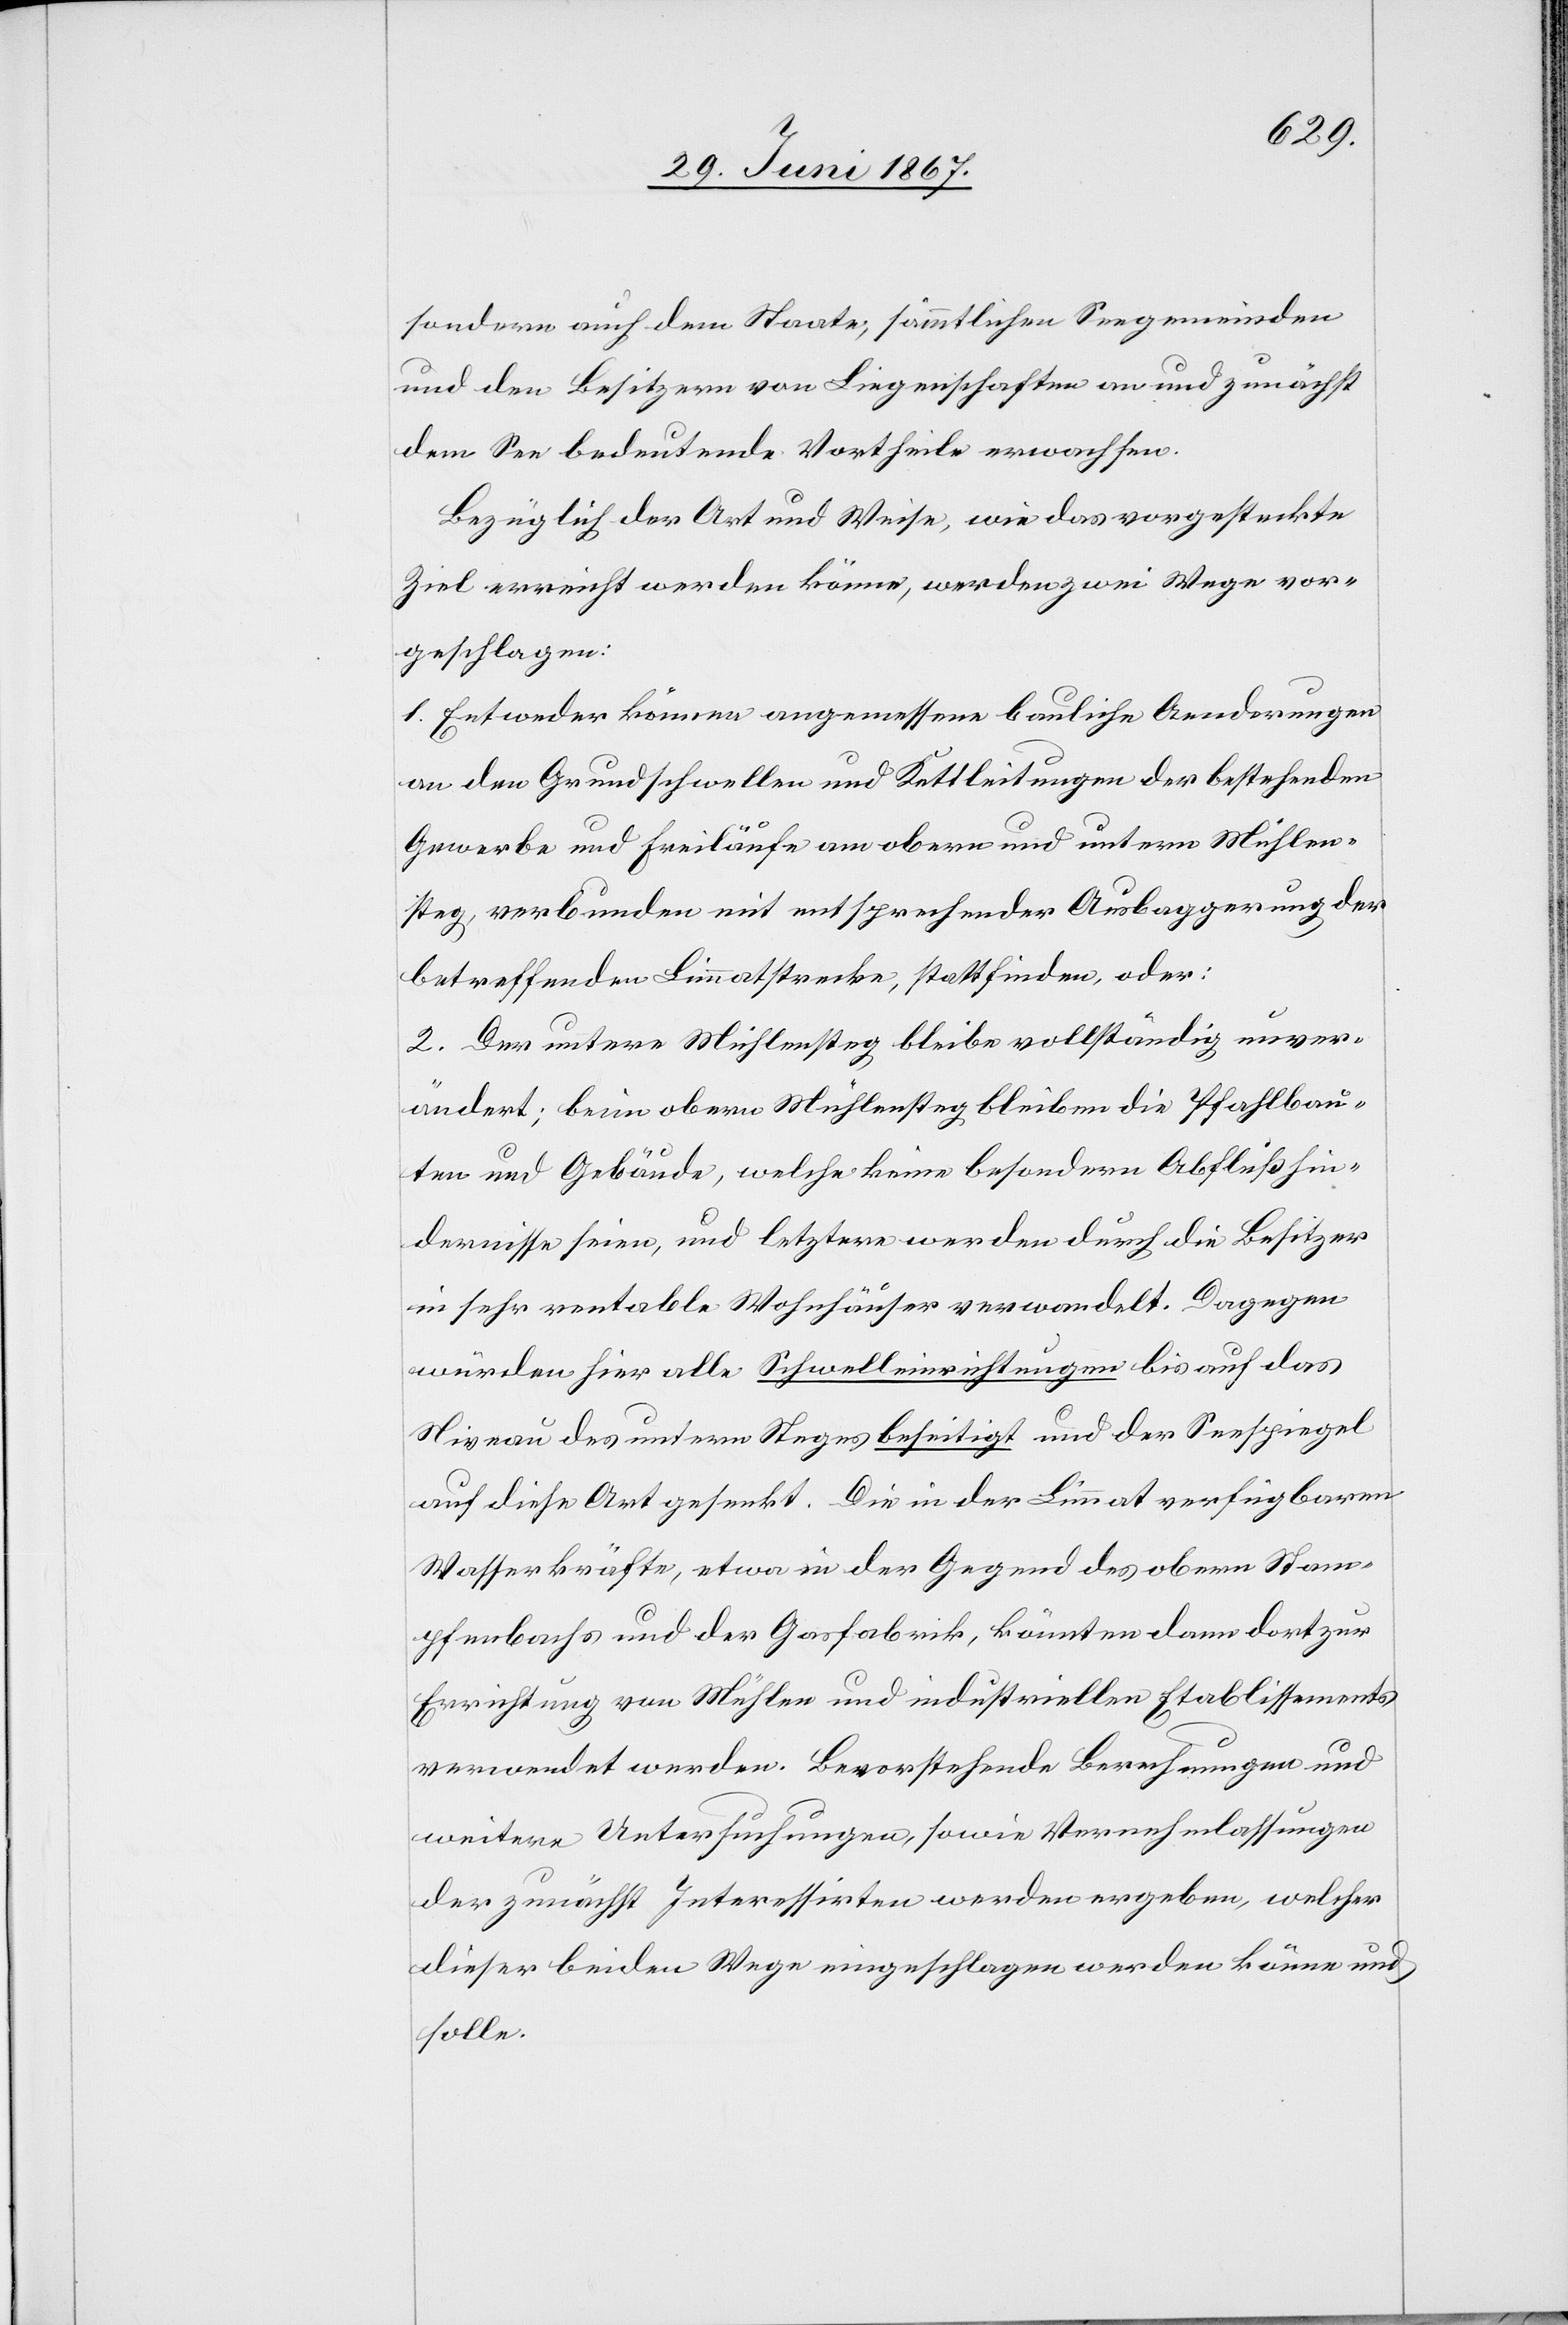
sondern auch dem Staate, sämmtlichen Seegemeinden
und den Besitzern von Liegenschaften an und zunächst
dem See bedeutende Vortheile erwachsen.
Bezüglich der Art und Weise, wie das vorgesteckte
Ziel erreicht werden könne, werden zwei Wege vor¬
geschlagen:
1. Entweder können angemessene bauliche Aenderungen
an den Grundschwellen und Kettleitungen der bestehenden
Gewerbe und Freiläufe am obern und untern Mühlen¬
steg, verbunden mit entsprechender Ausbaggerung der
betreffenden Limmatstrecke, stattfinden, oder:
2. Der untere Mühlensteg bleibe vollständig unver¬
ändert; beim obern Mühlesteg bleiben die Pfahlbau¬
ten und Gebäude, welche keine besondere Abflußhin¬
dernisse seien, und letztere werden durch die Besitzer
in sehr rentable Wohnhäuser verwandelt. Dagegen
würden hier alle Schwelleinrichtungen bis auf das
Niveau des untern Steges beseitigt und der Seespiegel
auf diese Art gesenkt. Die in der Limmat verfügbaren
Wasserkräfte, etwa in der Gegend des obern Stam¬
pfenbaches und der Gasfabrik, könnten dann dort zur
Errichtung von Mühlen und industriellen Etablissements
verwendet werden. Bevorstehende Berechnungen und
weitere Untersuchungen, sowie Vernehmlassungen
der zunächst Interessirten werden ergeben, welcher
dieser beiden Wege eingeschlagen werden könne und
solle.